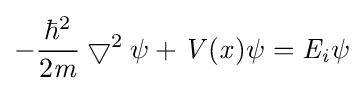
-{\frac {\hbar ^{2}}{2{\mathit {m}}}}\bigtriangledown ^{2}\psi +{\mathit {V}}({\mathit {x}})\psi ={{\mathit {E}}_{\mathit {i}}}\psi